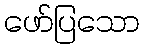
ဖော်ပြသော